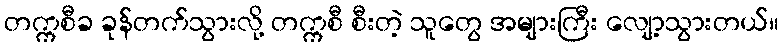
တက္ကစီခ ခုန်တက်သွားလို့ တက္ကစီ စီးတဲ့ သူတွေ အများကြီး လျော့သွားတယ်။